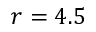
r = 4 . 5